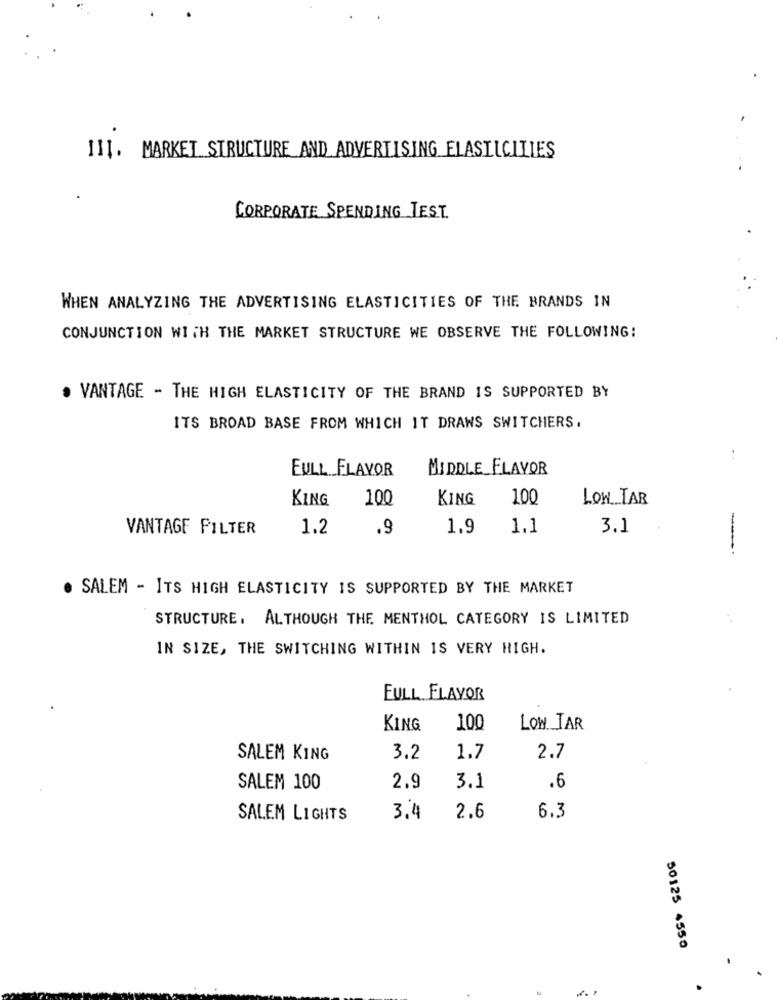
III. MARKET STRUCTURE AND ADVERTISING ELASILCILIES
CORPORATE SPENDING TEST
WHEN ANALYZING THE ADVERTISING ELASTICITIES OF THE BRANDS IN
CONJUNCTION WITH THE MARKET STRUCTURE WE OBSERVE THE FOLLOWING:
. VANTAGE - THE HIGH ELASTICITY OF THE BRAND IS SUPPORTED BY
ITS BROAD BASE FROM WHICH IT DRAWS SWITCHERS.
..
FULL FLAVOR
MIDDLE_FLAVOR
KING
100
KING
100
LOW TAR
VANTAGE FILTER
1.2
.9
1.9
1.1
3.1
-----
. SALEM - ITS HIGH ELASTICITY IS SUPPORTED BY THE MARKET
STRUCTURE. ALTHOUGH THE MENTHOL CATEGORY IS LIMITED
IN SIZE, THE SWITCHING WITHIN IS VERY HIGH.
FULL FLAVOR
KING
100
LOW TAR
SALEM KING
3.2
1.7
2.7
SALEM 100
2.9
3.1
.6
SALEM LIGHTS
3.4
2.6
6.3
50125 4550